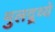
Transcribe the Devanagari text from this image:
मुलद्र्व्ये